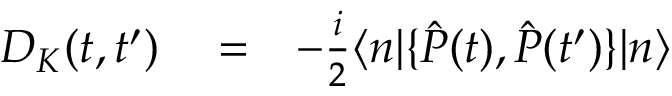
\begin{array} { r l r } { D _ { K } ( t , t ^ { \prime } ) } & { { } = } & { - \frac { i } { 2 } \langle n | \{ \hat { P } ( t ) , \hat { P } ( t ^ { \prime } ) \} | n \rangle } \end{array}